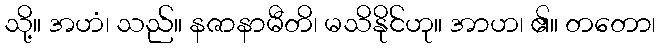
သို့။ အဟံ၊ သည်။ နဇာနာမီတိ၊ မသိနိုင်ဟု။ အာဟ၊ ၏။ တတော၊